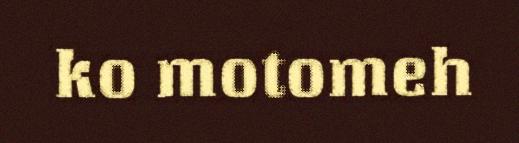
ko motomeh